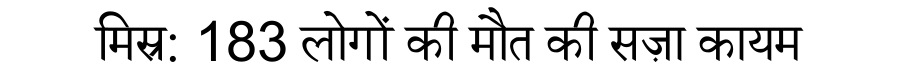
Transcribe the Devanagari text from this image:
मिस्र: 183 लोगों की मौत की सज़ा कायम